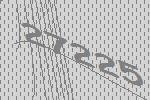
27225